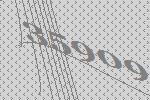
35909